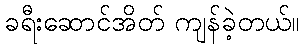
ခရီးဆောင်အိတ် ကျန်ခဲ့တယ်။